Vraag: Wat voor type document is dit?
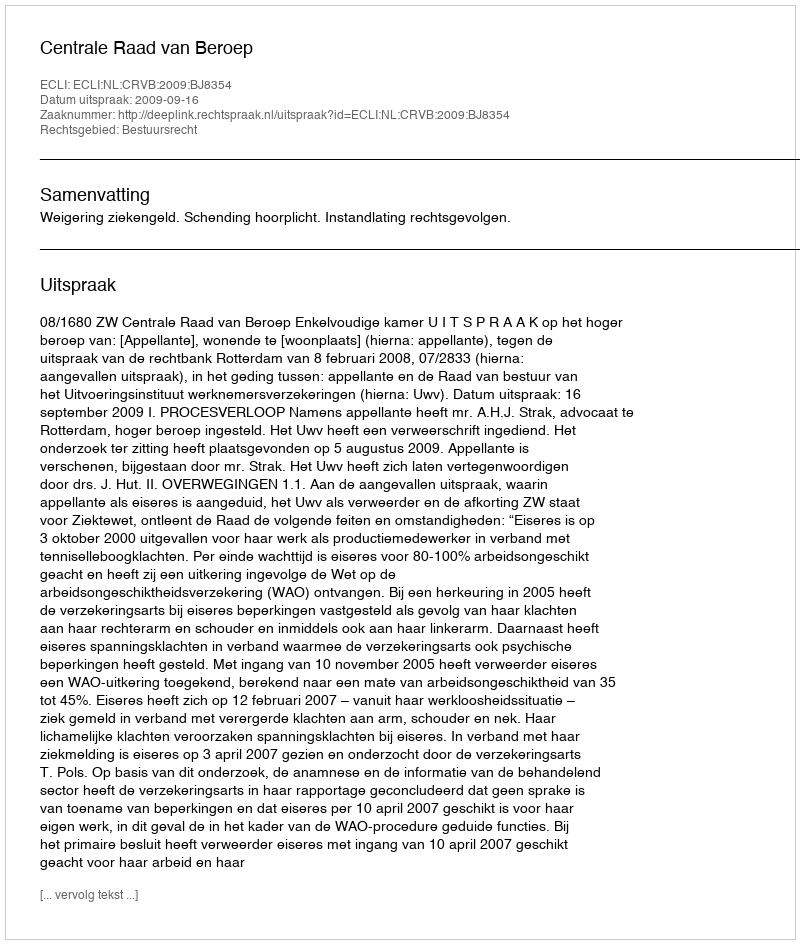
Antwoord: Uitspraak